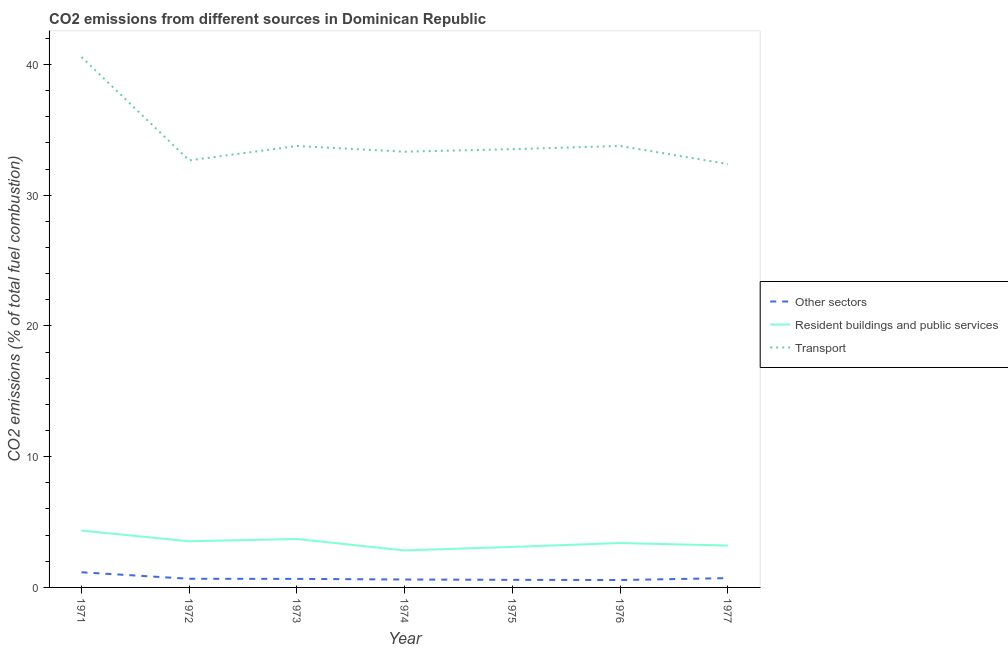
| Year | Other sectors | Resident buildings and public services | Transport |
 | --- | --- | --- | --- |
 | 1971 | 1.16 | 4.35 | 40.6 |
 | 1972 | 0.662 | 3.53 | 32.7 |
 | 1973 | 0.654 | 3.7 | 33.8 |
 | 1974 | 0.606 | 2.83 | 33.3 |
 | 1975 | 0.581 | 3.1 | 33.5 |
 | 1976 | 0.566 | 3.4 | 33.8 |
 | 1977 | 0.712 | 3.2 | 32.4 |